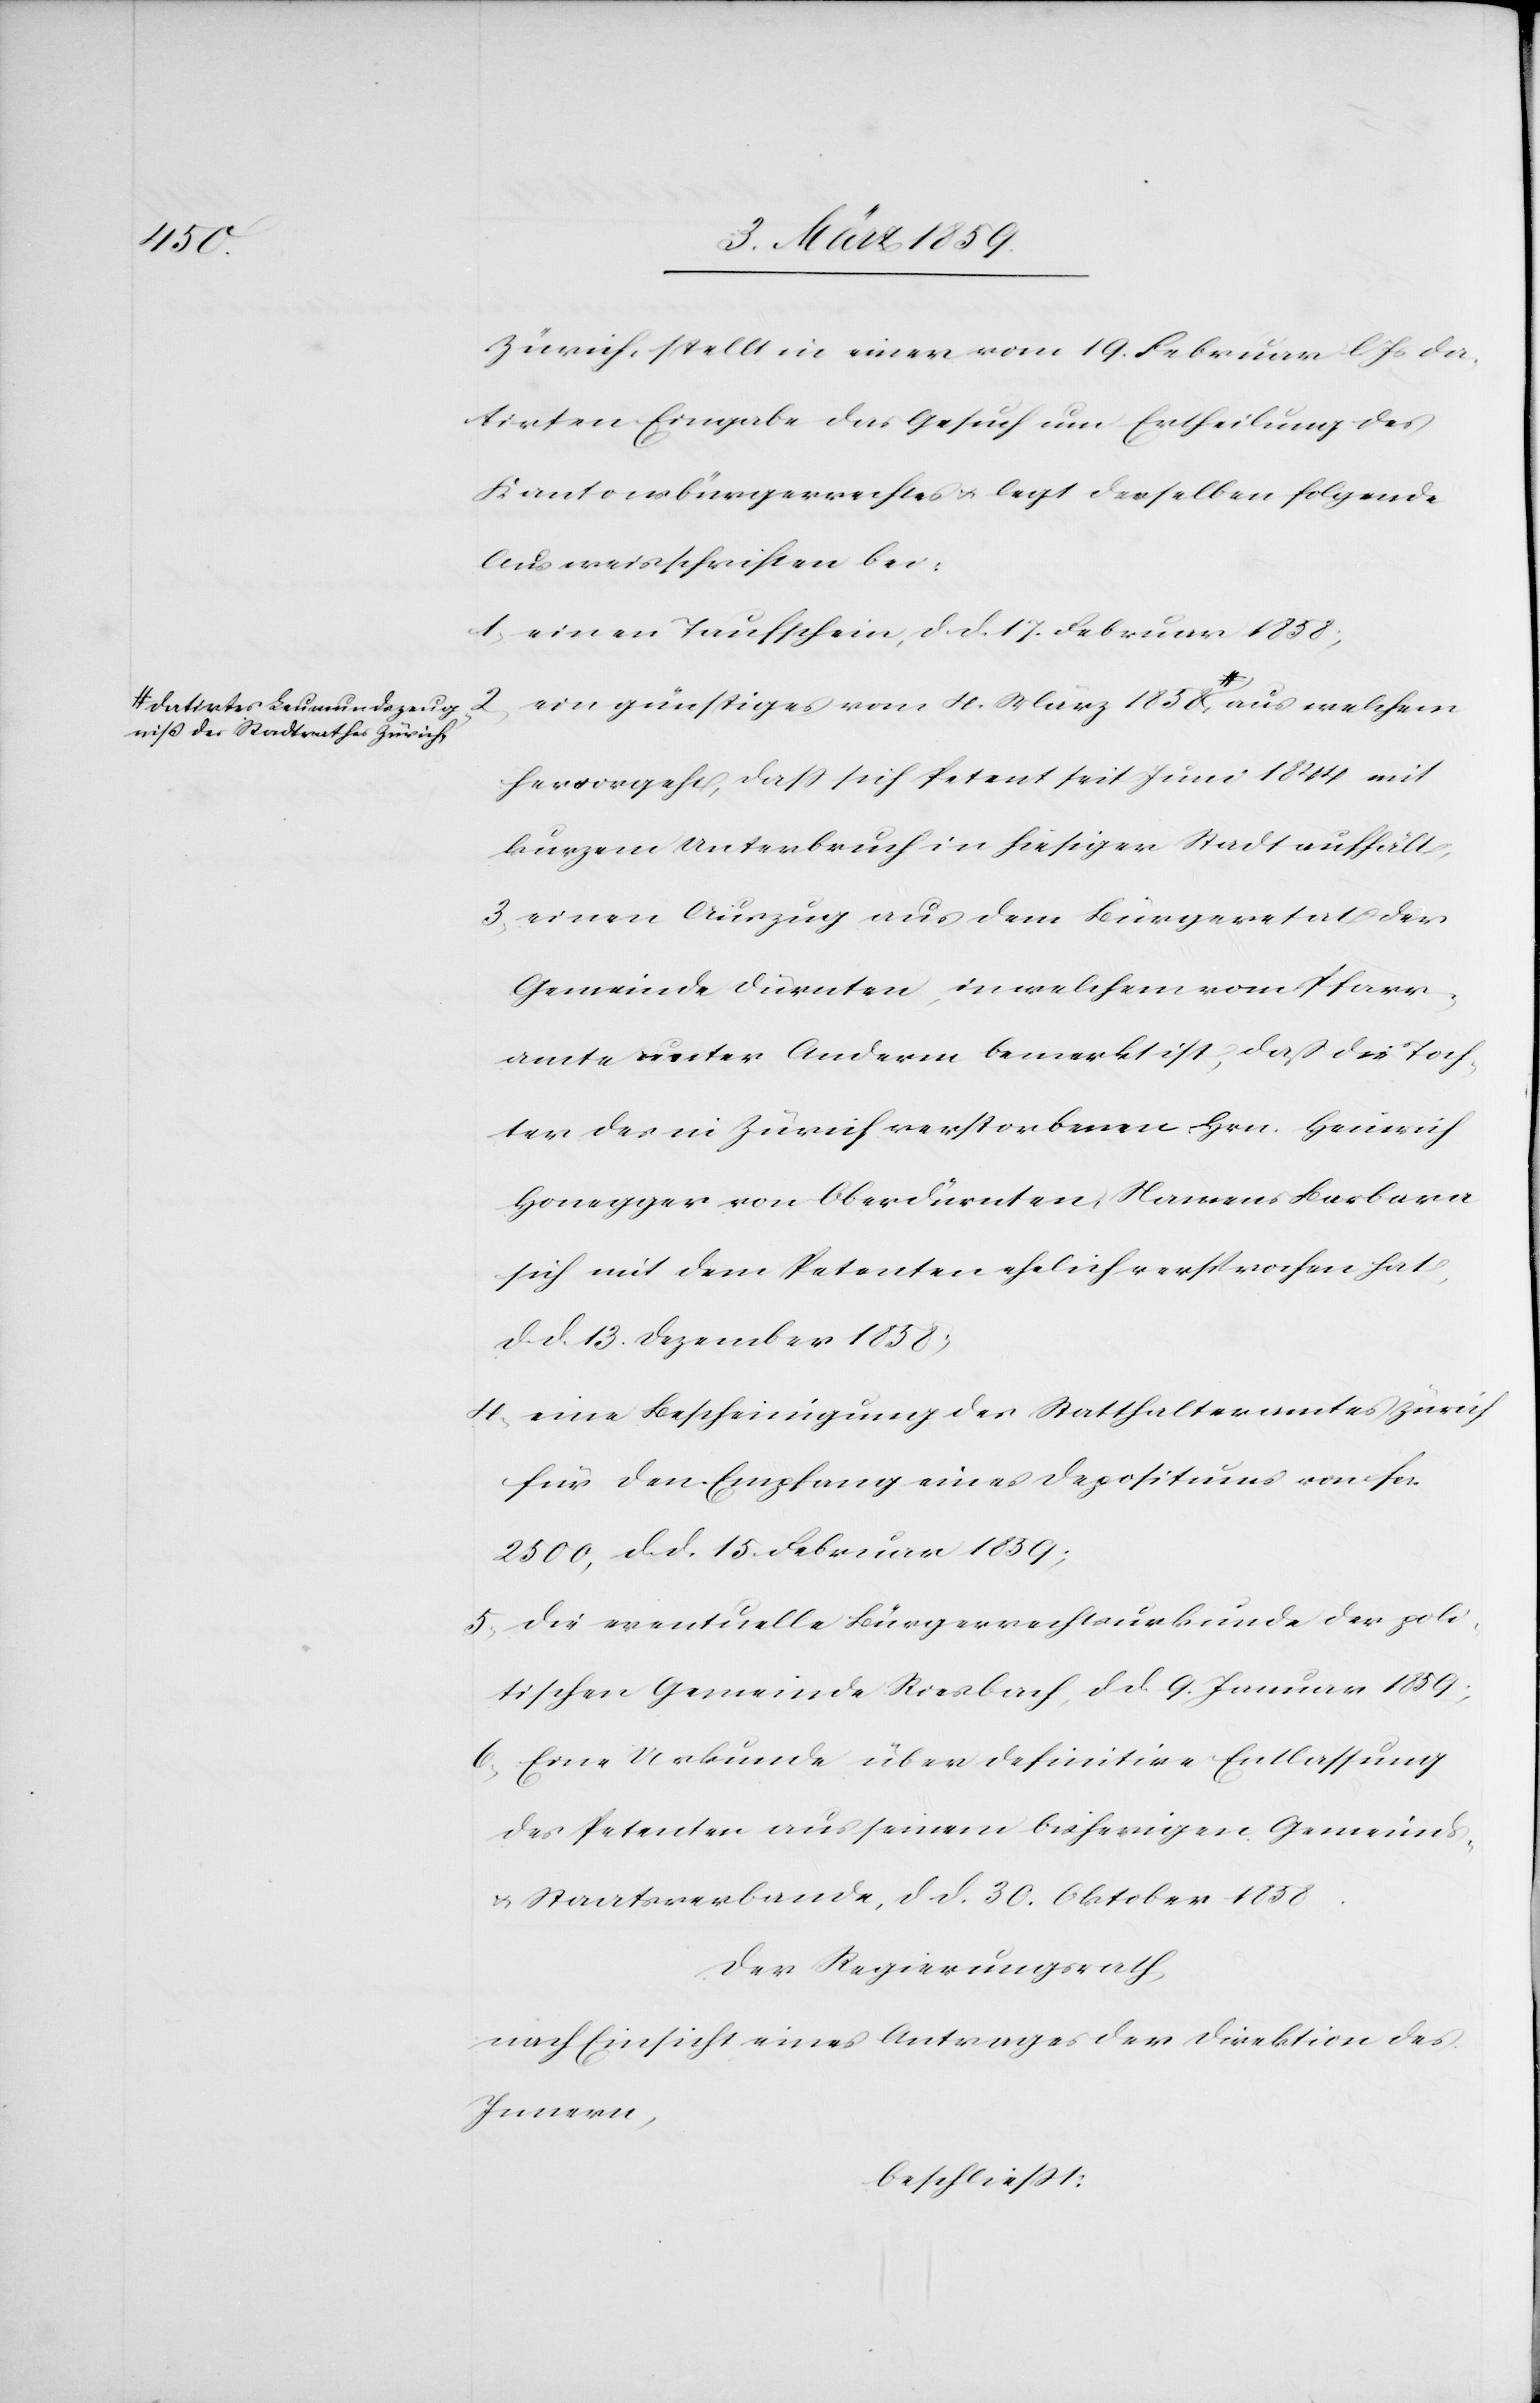
undszeug¬
niß des Stadtrathes Zürich,

Zürich, stellt in einer vom 19. Februar l. Js da¬
tirten Eingabe das Gesuch um Ertheilung des
Kantonsbürgerrechtes u. legt derselben folgende
Ausweisschriften bei:
1) einen Taufschein, d. d. 17. Februar 1858;
2) ein günstiges vom 4. März 1858 datirtes Leum¬
hervorgeht, daß sich Petent seit Juni 1844 mit
kurzem Unterbruch in hiesiger Stadt aufhält;
3) einen Auszug aus dem Bürgeretat der
Gemeinde Dürnten, in welchem vom Pfarr¬
amte unter Anderm bemerkt ist, daß die Toch¬
ter des in Zürich verstorbenen Hrn. Heinrich
Honegger von Oberdürnten, Namens Barbara
sich mit dem Petenten ehelich versprochen hat,
d. d. 13. Dezember 1858;
4) eine Bescheinigung des Statthalteramtes Zürich
für den Empfang eines Depositums von fcs.
2500, d. d. 15. Februar 1859;
5) die eventuelle Bürgerrechtsurkunde der poli¬
tischen Gemeinde Riesbach, d. d. 9. Januar 1859;
6) Eine Urkunde über definitive Entlassung
des Petenten aus seinem bisherigen Gemeinds-
u. Staatsverbande, d. d. 30. Oktober 1858.
Der Regierungsrath,
nach Einsicht eines Antrages der Direktion des
Innern,
beschließt: